Document type: Grant
Year: 1445
Scribe: Antoni Gomar
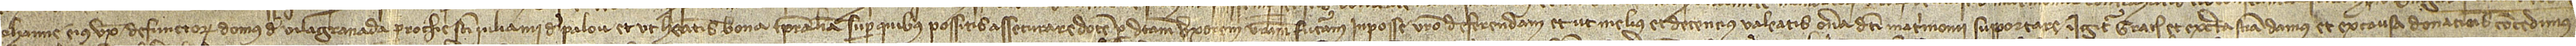
Iohanne, eius uxoris, defunctorum, domus de Vilagranada, parrochie Sancti Iuliani de Palou, et ut habeatis bona temporalia super quibus possitis assecurare dotem per dictam uxorem vestram futuram in posse vestro deferendam, et ut melius et detencius valeatis onera dicti matrimonii supportare, igitur gratis et ex certa sciencia damus et ex causa donationis concedimus